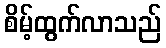
စိမ့်ထွက်လာသည်